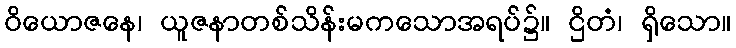
ဝိယောဇနေ၊ ယူဇနာတစ်သိန်းမကသောအရပ်၌။ ဌိတံ၊ ရှိသော။